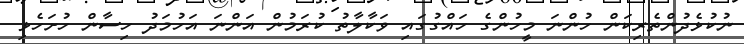
ނުކުޅެދުންތެރިކަން ހުންނަ މީހުންގެ ހައްގުގައި ވަކާލާތު ކުރަމުން އަންނަ އަހުމަދު ހިސާން ހުށަހެޅި